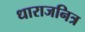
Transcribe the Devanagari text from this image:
धाराजनित्र